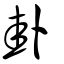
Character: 卦